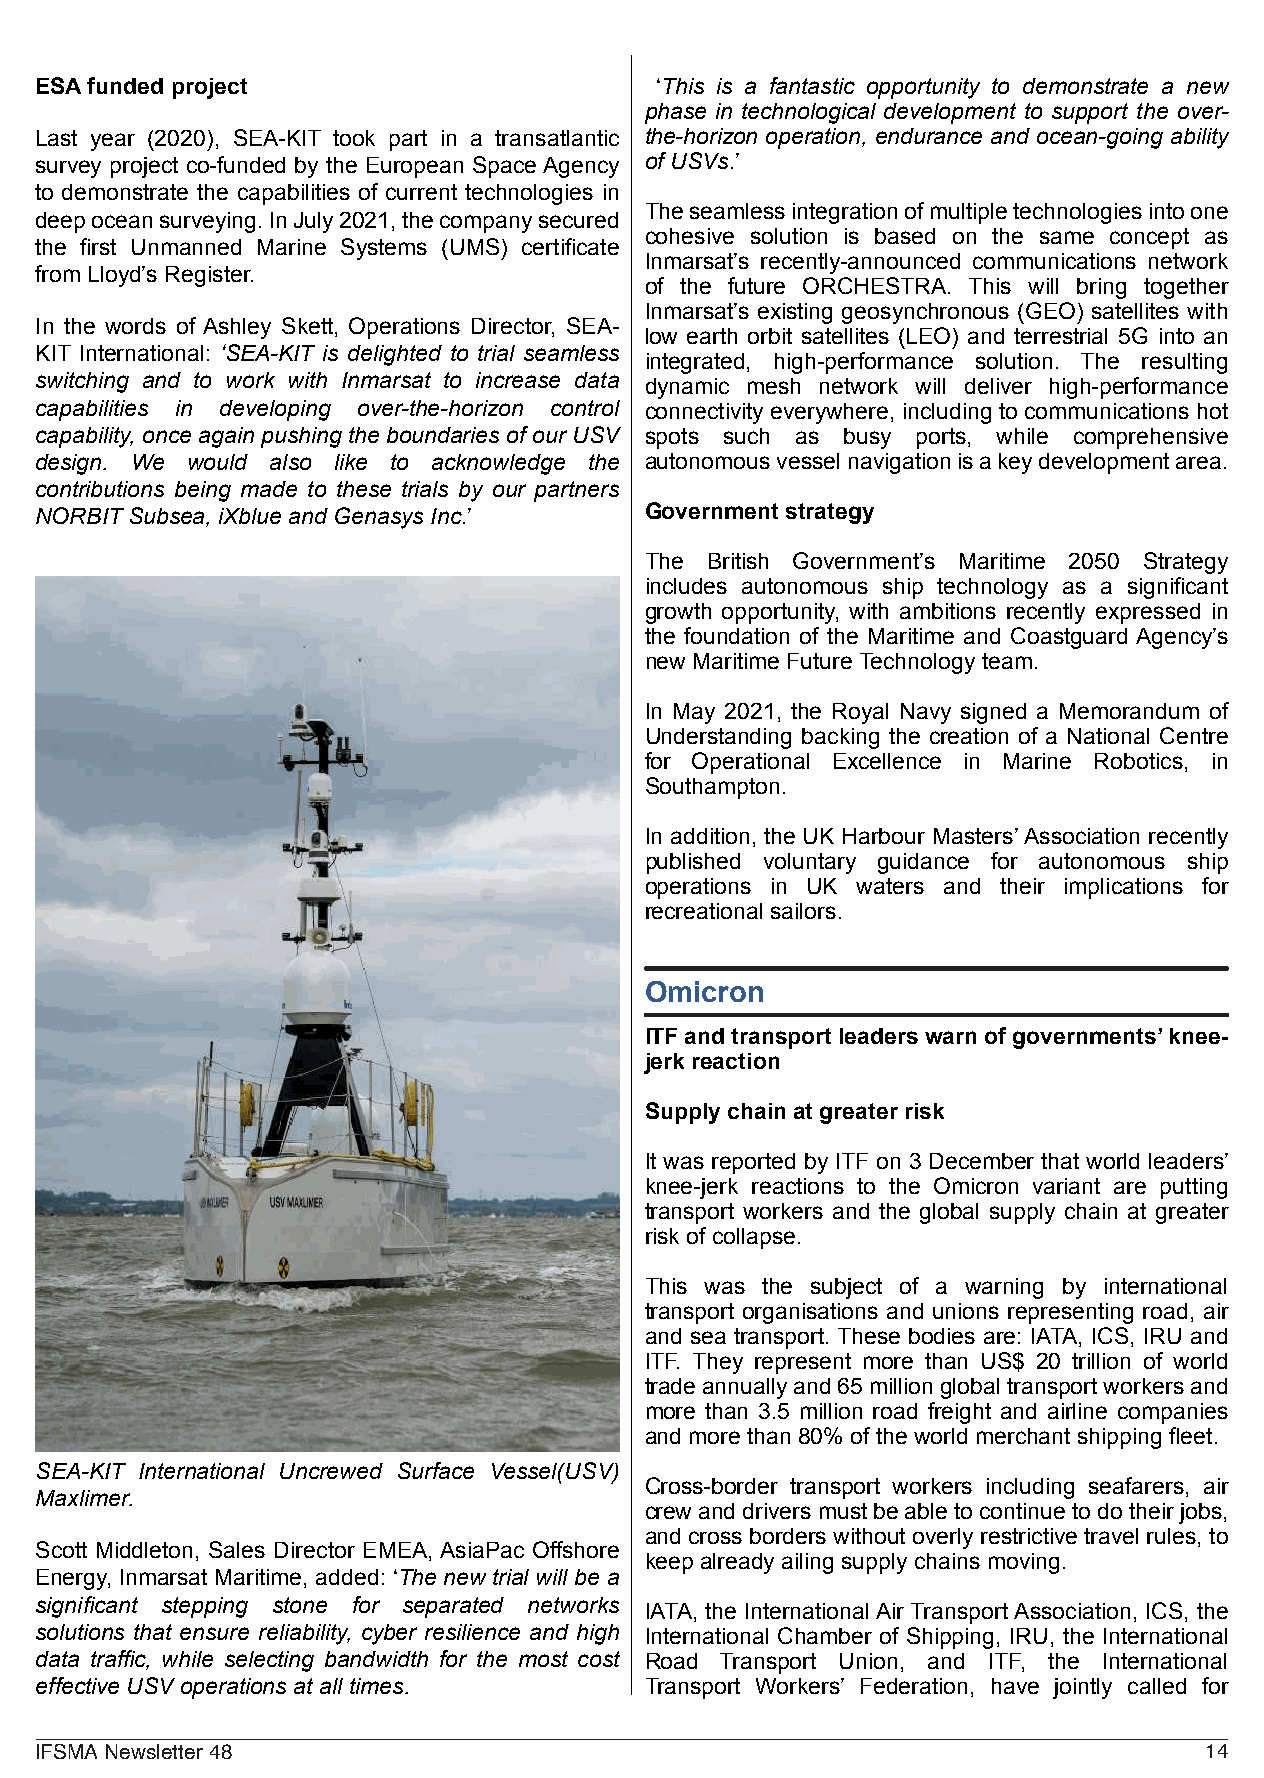
ESAfunded project                        ‘This is a fantastic opportunity to demonstrate a new
 phase in technological development to support the over-
 Last year (2020), SEA-KIT took part in a transatlantic the-horizon operation, endurance and ocean-going ability
 survey project co-funded by the European SpaceAgency of USVs.’
 to demonstrate the capabilities of current technologies in
 Theseamlessintegrationofmultipletechnologiesintoone
 deepoceansurveying.InJuly2021,thecompanysecured
 cohesive solution is based on the same concept as
 the first Unmanned Marine Systems (UMS) certificate
 Inmarsat’s recently-announced communications network
 from Lloyd’s Register.
 of the future ORCHESTRA. This will bring together
 Inmarsat’s existing geosynchronous (GEO) satellites with
 In the words of Ashley Skett, Operations Director, SEA-
 low earth orbit satellites (LEO) and terrestrial 5G into an
 KIT International: ‘SEA-KIT is delighted to trial seamless
 integrated, high-performance solution. The resulting
 switching and to work with Inmarsat to increase data dynamic mesh network will deliver high-performance
 capabilities in developing over-the-horizon control connectivity everywhere, including to communications hot
 capability, once again pushing the boundaries of our USV spots such as busy ports, while comprehensive
 design. We would also like to acknowledge the autonomousvesselnavigationisakeydevelopmentarea.
 contributions being made to these trials by our partners
 NORBIT Subsea, iXblue and Genasys Inc.’  Government strategy
 The British Government’s Maritime 2050 Strategy
 includes autonomous ship technology as a significant
 growth opportunity, with ambitions recently expressed in
 the foundation of the Maritime and Coastguard Agency’s
 new Maritime FutureTechnology team.
 In May 2021, the Royal Navy signed a Memorandum of
 Understanding backing the creation of a National Centre
 for Operational Excellence in Marine Robotics, in
 Southampton.
 In addition, the UK Harbour Masters’Association recently
 published voluntary guidance for autonomous ship
 operations in UK waters and their implications for
 recreational sailors.
 Omicron
 ITF and transport leaders warn of governments’knee-
 jerk reaction
 Supply chain at greater risk
 It was reported by ITF on 3 December that world leaders’
 knee-jerk reactions to the Omicron variant are putting
 transport workers and the global supply chain at greater
 risk of collapse.
 This was the subject of a warning by international
 transport organisations and unions representing road, air
 and sea transport. These bodies are: IATA, ICS, IRU and
 ITF. They represent more than US$ 20 trillion of world
 tradeannuallyand65millionglobaltransportworkersand
 more than 3.5 million road freight and airline companies
 and more than 80% of the world merchant shipping fleet.
 SEA-KIT International Uncrewed Surface Vessel(USV)
 Cross-border transport workers including seafarers, air
 Maxlimer.
 crewanddriversmustbeabletocontinuetodotheirjobs,
 and cross borders without overly restrictive travel rules, to
 Scott Middleton, Sales Director EMEA, AsiaPac Offshore
 keep already ailing supply chains moving.
 Energy, Inmarsat Maritime, added: ‘The new trial will be a
 significant stepping stone for separated networks
 IATA, the InternationalAir TransportAssociation, ICS, the
 solutions that ensure reliability, cyber resilience and high International Chamber of Shipping, IRU, the International
 data traffic, while selecting bandwidth for the most cost Road Transport Union, and ITF, the International
 effective USV operations at all times.   Transport Workers’ Federation, have jointly called for
 IFSMANewsletter48                                                             14